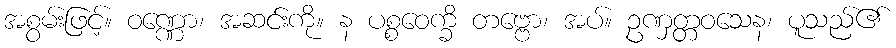
အစွမ်းဖြင့်။ ဝဏ္ဏော၊ အဆင်းကို။ န ပစ္စဝေက္ခိ တဗ္ဗော၊ အပ်။ ဥဏှတ္တဝသေန၊ ပူသည်၏